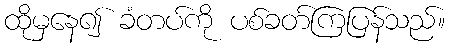
ထိုမှနေ၍ ခံတပ်ကို ပစ်ခတ်ကြပြန်သည်။